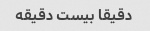
دقیقا بیست دقیقه